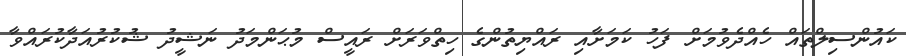
ކައުންސިލްތައް ހެއްދެވުމަށް ފަހު ކަމަށާއި ރައްޔިތުންގެ ހިތްވަރަށް ރައީސް މުޙަންމަދު ނަޝީދު ޝުކުރުއަދާކުރައްވާ